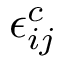
\epsilon _ { i j } ^ { c }